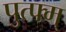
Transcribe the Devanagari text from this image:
पुत्फ्म्